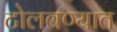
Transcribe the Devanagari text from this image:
टोलवण्यात